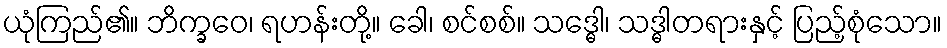
ယုံကြည်၏။ ဘိက္ခဝေ၊ ရဟန်းတို့။ ခေါ၊ စင်စစ်။ သဒ္ဓေါ၊ သဒ္ဓါတရားနှင့် ပြည့်စုံသော။